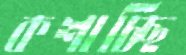
কশাচ্ছি